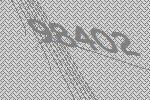
98402